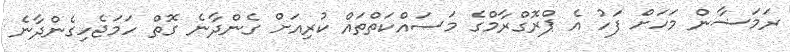
ރަމަޟާން މަހަށް ފަހު އެ ޕްރޮގްރާމްގެ މަސައްކަތްތައް ކުރިއަށް ގެންދާނެ ގޮތް ހަމަޖެހިގެންދާނެ